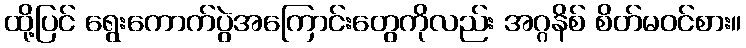
ထို့ပြင် ရွေးကောက်ပွဲအကြောင်းတွေကိုလည်း အဂ္ဂနိစ် စိတ်မဝင်စား။